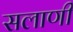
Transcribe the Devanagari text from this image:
सलाणी